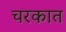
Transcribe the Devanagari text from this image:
चरकात